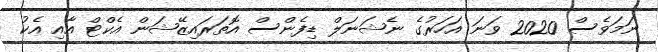
ނަމަވެސް 2020 ވަނަ އަަހަރުގެ ނެޝަނަލް ޑިފެންސް އޮތަރައިޒޭޝަން އެކްޓް އާއި އެކު